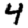
Digit: 4